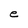
Character: e